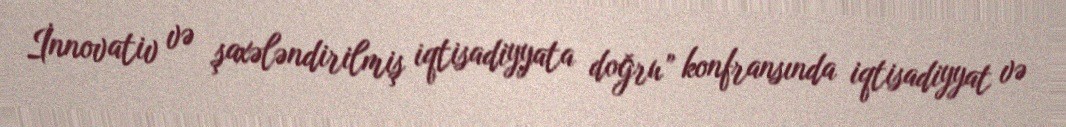
İnnovativ və şaxələndirilmiş iqtisadiyyata doğru” konfransında iqtisadiyyat və